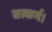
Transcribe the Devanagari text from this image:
सत्कर्म।